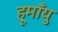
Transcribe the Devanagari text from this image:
हूमाँयु